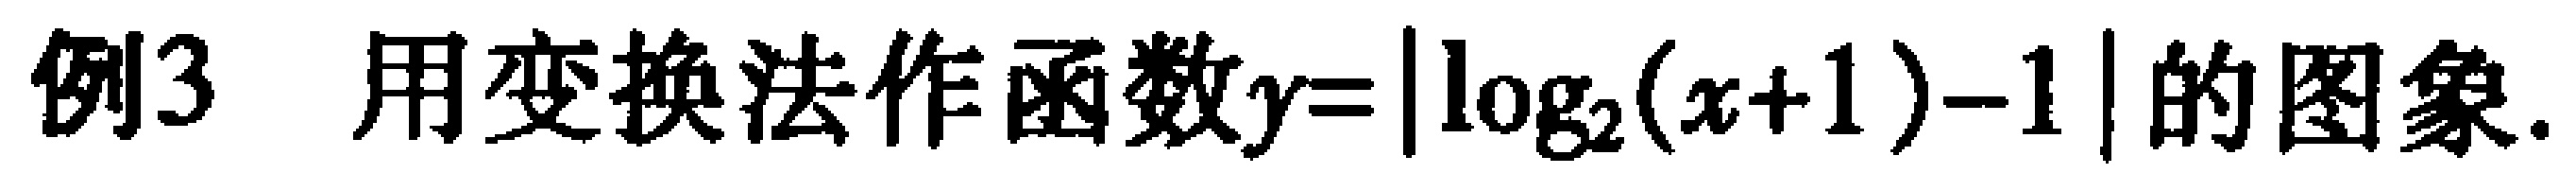
例3 用变换法作函数\(y = |\log_2(x + 1)-1|\)的图象.